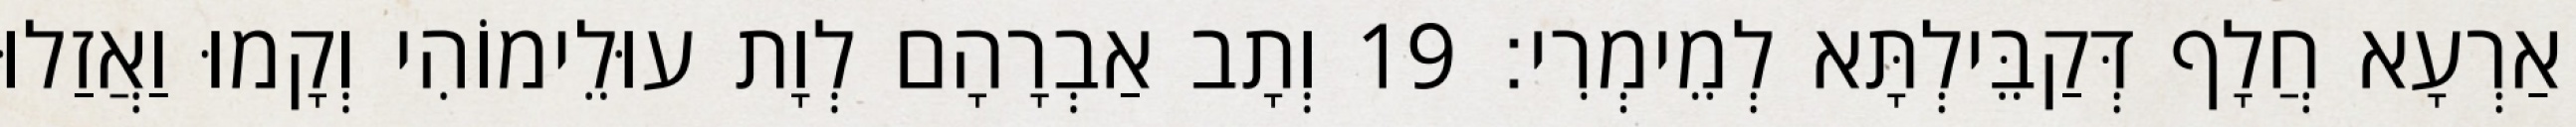
אַרְעָא חֲלָף דְּקַבֵּילְתָּא לְמֵימְרִי׃ 19 וְתָב אַבְרָהָם לְוָת עוּלֵימוֹהִי וְקָמוּ וַאֲזַלוּ